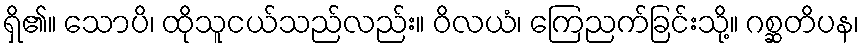
ရှိ၏။ သောပိ၊ ထိုသူငယ်သည်လည်း။ ဝိလယံ၊ ကြေညက်ခြင်းသို့။ ဂစ္ဆတိပန၊